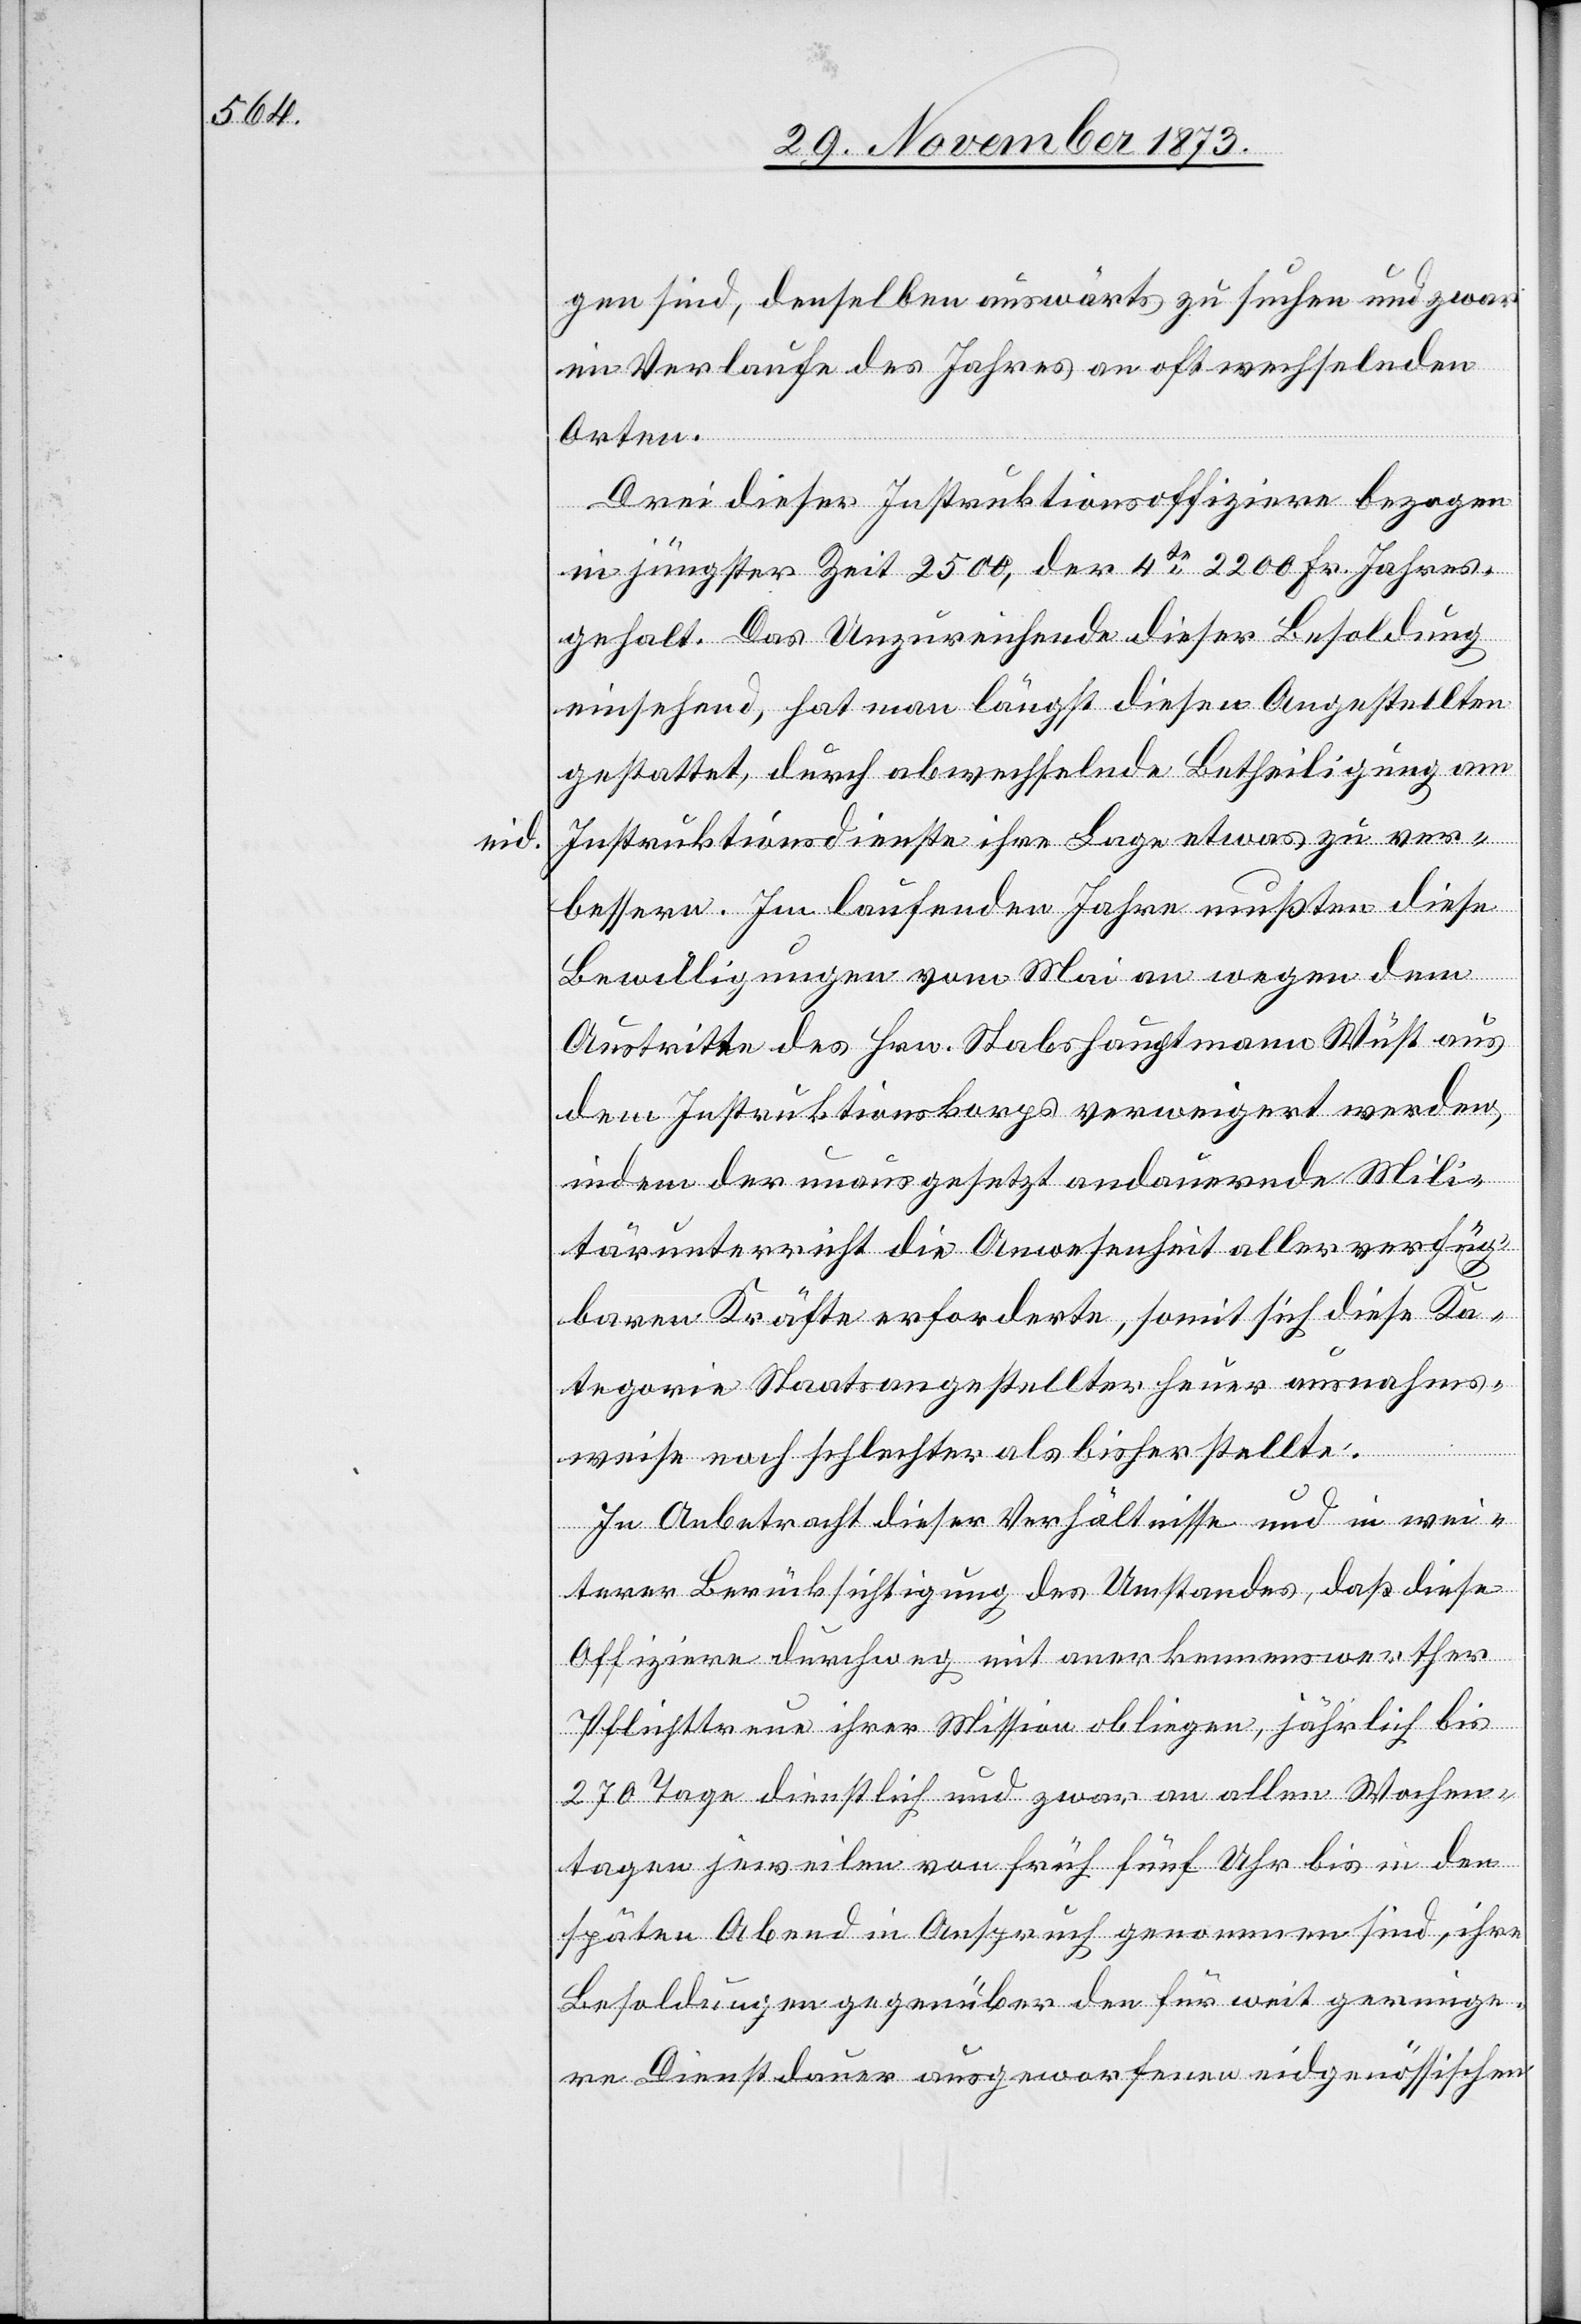
eid.

gen sind, denselben auswärts zu suchen und zwar
im Verlaufe des Jahres an oft wechselnden
Orten.
Drei dieser Instruktionsoffiziere bezogen
in jüngster Zeit 2 500, der 4te 2 200 Fr. Jahres¬
gehalt. Das Unzureichende dieser Besoldung
einsehend, hat man längst diesen Angestellten
gestattet, durch abwechselnde Betheiligung am
Instruktionsdienste ihre Lage etwas zu ver¬
bessern. Im laufenden Jahre mußten diese
Bewilligungen vom Mai an wegen dem
Austritte des Hrn. Stabshauptmann Wüst aus
dem Instruktionskorps verweigert werden,
indem der unausgesetzt andauernde Mili¬
tärunterricht die Anwesenheit aller verfüg¬
baren Kräfte erforderte, somit sich diese Ka¬
tegorie Staatsangestellter heuer ausnahms¬
weise noch schlechter als bisher stellte.
In Anbetracht dieser Verhältnisse und in wei¬
terer Berücksichtigung des Umstandes, daß diese
Offiziere durchweg mit anerkennenswerther
Pflichttreue ihrer Mission obliegen, jährlich bis
270 Tage dienstlich und zwar an allen Wochen¬
tagen jeweilen von früh fünf Uhr bis in den
späten Abend in Anspruch genommen sind, ihre
Besoldungen gegenüber den für weit geringe¬
re Dienstdauer ausgeworfenen eidgenössischen